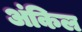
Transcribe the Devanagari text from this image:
अंकिल